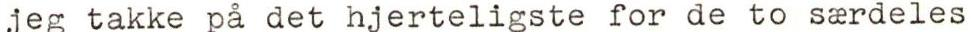
jeg takke på det hjerteligste for de to særdeles